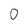
Character: 0